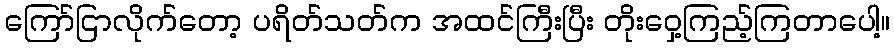
ကြော်ငြာလိုက်တော့ ပရိတ်သတ်က အထင်ကြီးပြီး တိုးဝှေ့ကြည့်ကြတာပေါ့။